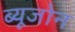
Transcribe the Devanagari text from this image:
ब्यूजोन